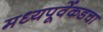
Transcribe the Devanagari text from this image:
मध्यपूर्वेकडचा